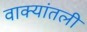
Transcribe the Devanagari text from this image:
वाक्यांतली